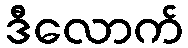
ဒီလောက်